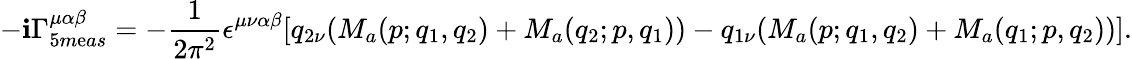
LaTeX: -\mathbf{i}\Gamma_{5m\mathrm{e}as}^{\mu\alpha\beta}=-\frac{{1}}{{2\pi^{2}}}\epsilon^{\mu\nu\alpha\beta}[q_{2\nu}(M_{a}(p;q_{1},q_{2})+M_{a}(q_{2};p,q_{1}))-q_{1\nu}(M_{a}(p;q_{1},q_{2})+M_{a}(q_{1};p,q_{2}))].